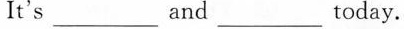
It's ___and ___today.